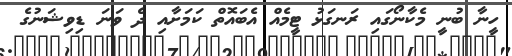
ހީނާ ބުނީ މެކާނޯގައި ރަނގަޅު ޓީމެއް އެބައޮތް ކަމަށާއި ދެ ވަނަ ޑިވިޝަނުގެ